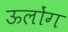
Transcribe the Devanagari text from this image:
ऊलोंग